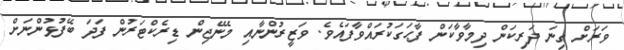
ވަރަށް ގިނަ ދަރިކަން ދިމާވާކަން ފާޙަގަކުރައްވާފައެވެ. ވަޒީރުންނާއި މެނޭޖިން ޑިރެކްޓަރުން ފަދަ ބޭފުޅުންނަށް